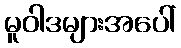
မူဝါဒများအပေါ်